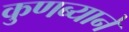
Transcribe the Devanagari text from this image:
कुणब्याने